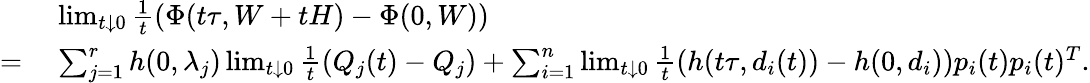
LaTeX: \begin{array}{rl}&{\; \operatorname*{lim}_{t\downarrow 0}\frac{1}{t}\left(\Phi(t\tau,W+tH)-\Phi(0,W)\right)}\\ {=}&{\; \sum_{j=1}^{r}h(0,\lambda_{j})\operatorname*{lim}_{t\downarrow 0}\frac{1}{t}\left(Q_{j}(t)-Q_{j}\right)+\sum_{i=1}^{n}\operatorname*{lim}_{t\downarrow 0}\frac{1}{t}\left(h(t\tau,d_{i}(t))-h(0,d_{i})\right)p_{i}(t)p_{i}(t)^{T}.}\end{array}